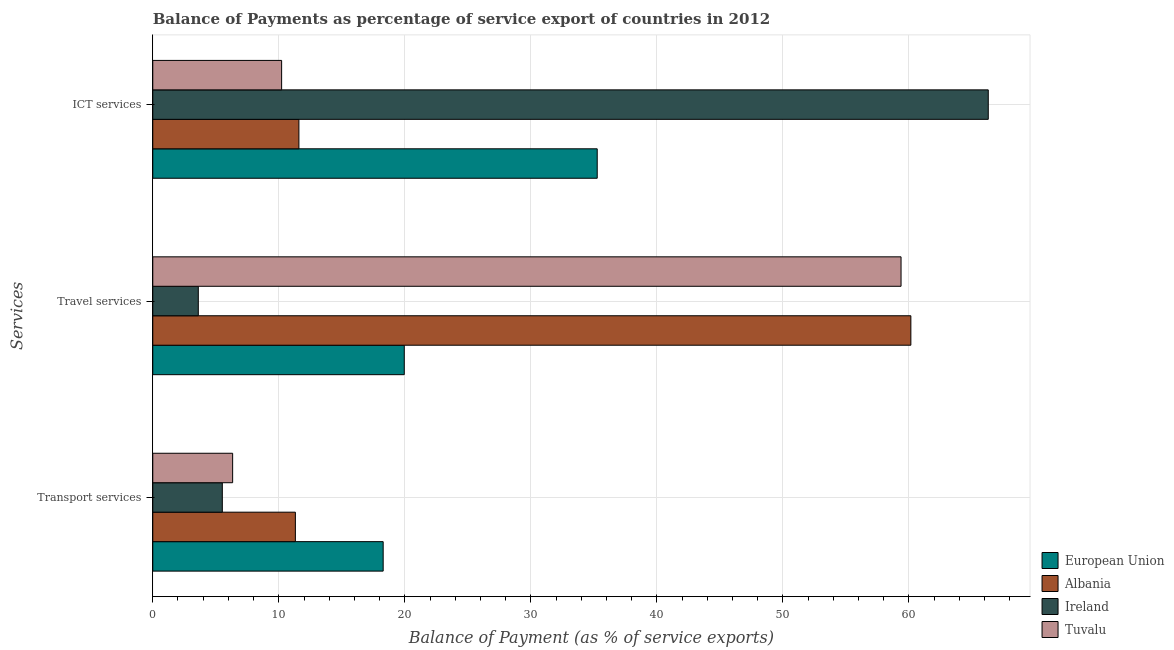
| Services | European Union | Albania | Ireland | Tuvalu |
 | --- | --- | --- | --- | --- |
 | Transport services | 18.3 | 11.3 | 5.52 | 6.34 |
 | Travel services | 20 | 60.2 | 3.61 | 59.4 |
 | ICT services | 35.3 | 11.6 | 66.3 | 10.2 |